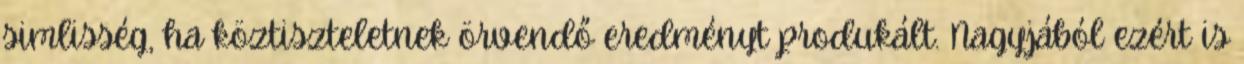
simlisség, ha köztiszteletnek örvendő eredményt produkált. Nagyjából ezért is